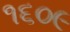
૧૬૦૯